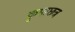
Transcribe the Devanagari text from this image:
कृपाछत्र